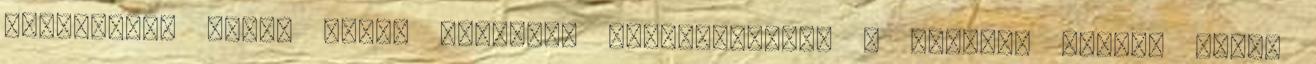
ismeretlen férfi ekkor elővette pénztárcáját, s fizetni akart. ,,Szó